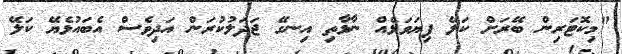
"މިކޮޓަރިން ބޭރަށް ކަލޭ ފިޔަވަޅެއް ނާޅާތި އިނގޭ ޖަދަލުކުރަން އަދިވެސް އެބައުޅެޔޭ ކަލޭ